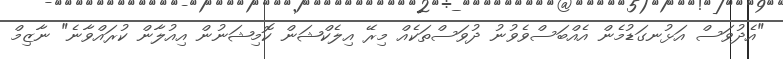
"އެދުވަސް އަޅުނގަޑުމެން އެއްބަސްވެވުނު ދުވަސްތަކެއް މިރޭ އިލެކްޝަން ކޮމިޝަނުން އިއުލާން ކުރައްވާނެ" ނާޒިމް